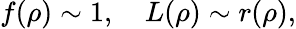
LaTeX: f(\rho)\sim 1,\quad L(\rho)\sim r(\rho),